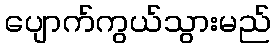
ပျောက်ကွယ်သွားမည်